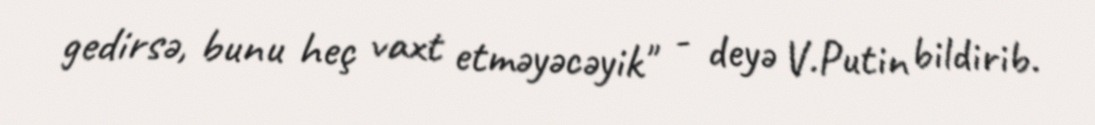
gedirsə, bunu heç vaxt etməyəcəyik" - deyə V.Putin bildirib.